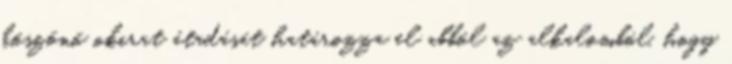
köszönő okirat átadását határozza el abból az alkalomból, hogy